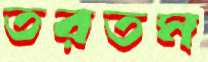
তরতম